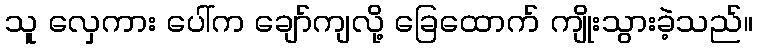
သူ လှေကား ပေါ်က ချော်ကျလို့ ခြေထောက် ကျိုးသွားခဲ့သည်။